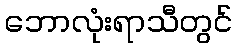
ဘောလုံးရာသီတွင်